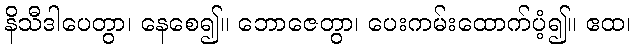
နိသီဒါပေတွာ၊ နေစေ၍။ ဘောဇေတွာ၊ ပေးကမ်းထောက်ပံ့၍။ ဧထ၊